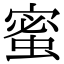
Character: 蜜